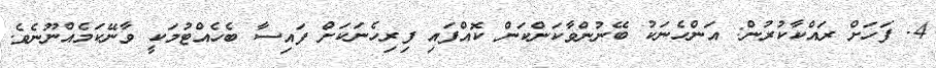
4. ފަހަށް ރައްކާކުރުން: އަންހެނަކު ބޭނުންވާކަންކަން ކޮއްފައި ފިރިހެނަކަށް ފައިސާ ބެހެއްޓުމަކީ ވާނޭކަމެއްނޫނެވެ.